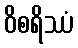
ဝိစရိဿံ